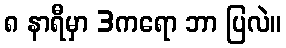
၈ နာရီမှာ 3ကရော ဘာ ပြလဲ။